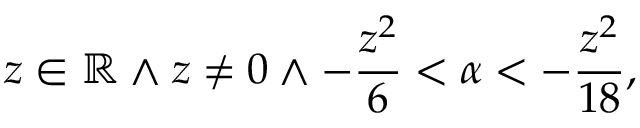
z \in \mathbb { R } \land z \neq 0 \land - \frac { z ^ { 2 } } { 6 } < \alpha < - \frac { z ^ { 2 } } { 1 8 } ,